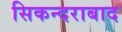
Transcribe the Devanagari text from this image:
सिकन्‍दराबाद